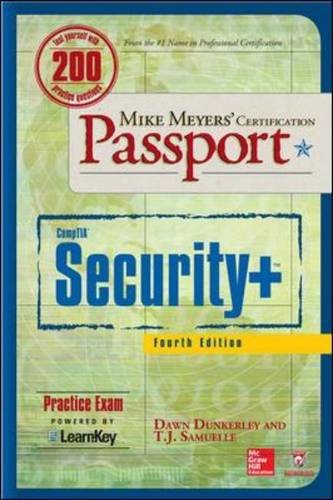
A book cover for Mike Meyers' CompTIA Security+ Certification Passport, Fourth Edition  (Exam SY0-401) (Mike Meyers' Certficiation Passport); Dawn Dunkerley; Computers & Technology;